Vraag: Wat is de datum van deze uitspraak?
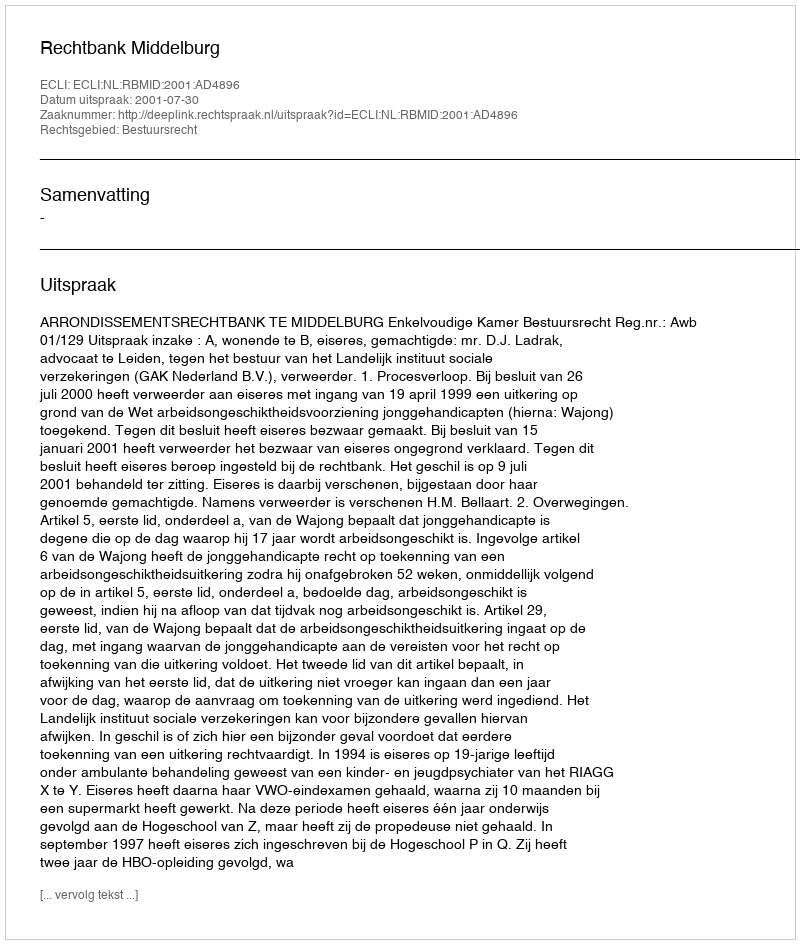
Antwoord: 2001-07-30